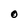
Character: O